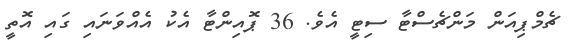
ޗެމްޕިއަން މަންޗެސްޓާ ސިޓީ އެވެ. 36 ޕޮއިންޓާ އެކު އެއްވަނައި ގައި އޮތީ